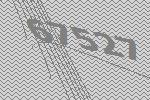
67527